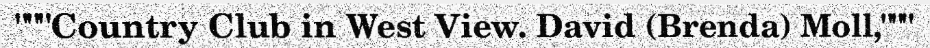
"""Country Club in West View. David (Brenda) Moll,"""